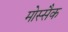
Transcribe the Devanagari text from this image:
मोस्सैक